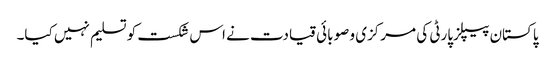
پاکستان پیپلزپارٹی کی مرکزی و صوبائی قیادت نے اس شکست کو تسلیم نہیں کیا۔